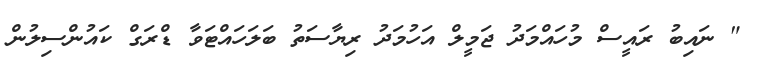
" ނައިބު ރައީސް މުހައްމަދު ޖަމީލް އަހުމަދު ރިޔާސަތު ބަލަހައްޓަވާ ޑްރަގް ކައުންސިލުން